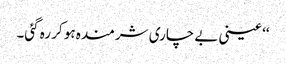
‘‘ عینی بے چاری شرمندہ ہو کر رہ گئی۔